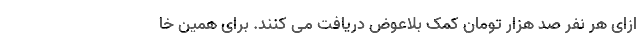
ازای هر نفر صد هزار تومان کمک بلاعوض دریافت می کنند. برای همین خا